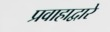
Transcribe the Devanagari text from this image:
प्रवाहाद्वारे